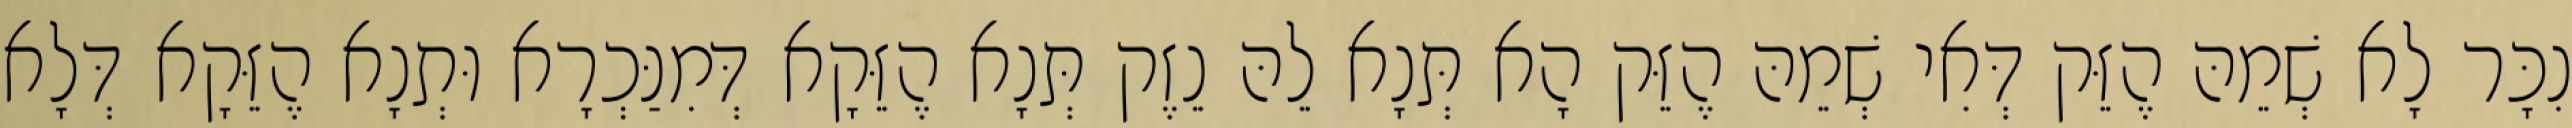
נִכָּר לָא שְׁמֵהּ הֶזֵּק דְּאִי שְׁמֵהּ הֶזֵּק הָא תְּנָא לֵהּ נֵזֶק תְּנָא הֶזֵּקָא דְּמִנַּכְרָא וּתְנָא הֶזֵּקָא דְּלָא